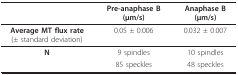
<table><thead><tr><td></td><td><b>Pre-anaphase B(μm/s)</b></td><td><b>Anaphase B(μm/s)</b></td></tr></thead><tbody><tr><td><b>Average MT flux rate</b>(± standard deviation)</td><td>0.05 ± 0.006</td><td>0.032 ± 0.007</td></tr><tr><td><b>N</b></td><td>9 spindles</td><td>10 spindles</td></tr><tr><td></td><td>85 speckles</td><td>48 speckles</td></tr></tbody></table>